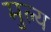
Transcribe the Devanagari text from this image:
मुल्‍य